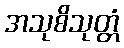
အသုစိသုတ္တံ